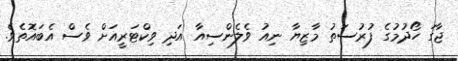
ޖާގަ ހޯދުމުގެ ފުރުސަތު މާޒިޔާ ނިއު ވެލެންސިއާ އަދި ވިކްޓަރީއަށް ވެސް އެބައޮތެވެ.